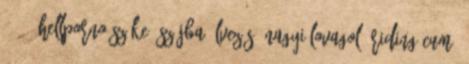
07:56 HellPorno szőke, szájba élvezés, nagyi lovagol, riding cum,